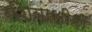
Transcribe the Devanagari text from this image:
रशियाशीही